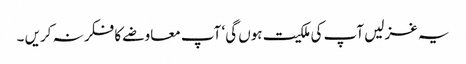
یہ غزلیں آپ کی ملکیت ہوں گی‘ آپ معاوضے کا فکر نہ کریں ۔